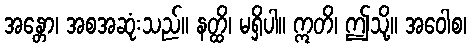
အန္တော၊ အစအဆုံးသည်။ နတ္ထိ၊ မရှိပါ။ ဣတိ၊ ဤသို့။ အဝေါစ၊